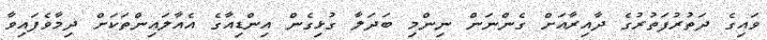
ވައިގެ ދަތުރުފަތުރުގެ ދާއިރާއަށް ގެންނަން ނިންމި ބަދަލާ ގުޅިގެން އިންޑިއާގެ އެއާލައިންތަކަށް ދިމާވެފައިވާ